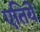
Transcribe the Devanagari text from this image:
एतियें